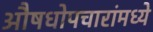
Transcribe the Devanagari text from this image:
औषधोपचारांमध्ये